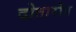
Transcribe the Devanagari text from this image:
दोतारोत